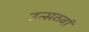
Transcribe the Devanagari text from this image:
उन्सठवां